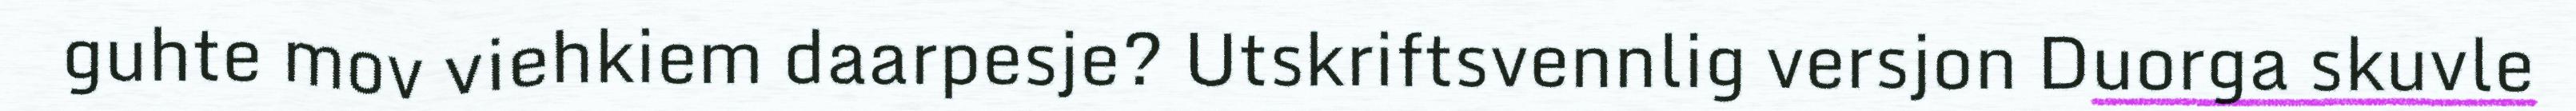
guhte mov viehkiem daarpesje? Utskriftsvennlig versjon Duorga skuvle